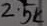
Text: 2.5K